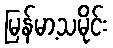
မြန်မာ့သမိုင်း